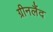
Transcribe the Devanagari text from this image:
ग्रीनलैंद